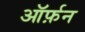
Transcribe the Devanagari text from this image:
ऑर्फ़न